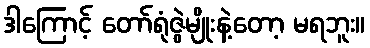
ဒါကြောင့် တော်ရုံဇွဲမျိုးနဲ့တော့ မရဘူး။